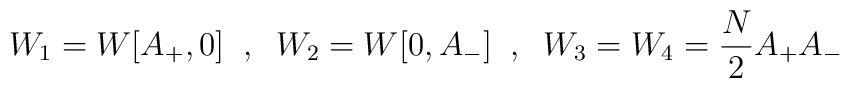
W_1=W[A_+,0]\;\; ,\;\; W_2=W[0,A_-]\;\; ,\;\; W_3=W_4={N\over 2}A_+A_-